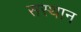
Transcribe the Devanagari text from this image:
सस्थान